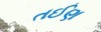
તઈણ